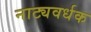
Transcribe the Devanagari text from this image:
नाट्यवर्धक